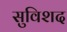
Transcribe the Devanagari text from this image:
सुविशद